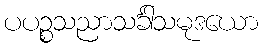
ပပဉ္စသညာသင်္ခါသမုဒယော